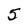
Character: 5